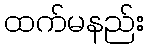
ထက်မနည်း